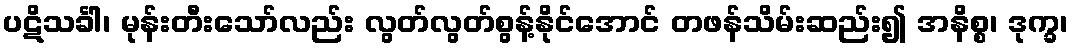
ပဋိသင်္ခါ၊ မုန်းတီးသော်လည်း လွတ်လွတ်စွန့်နိုင်အောင် တဖန်သိမ်းဆည်း၍ အနိစ္စ၊ ဒုက္ခ၊